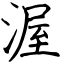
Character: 渥